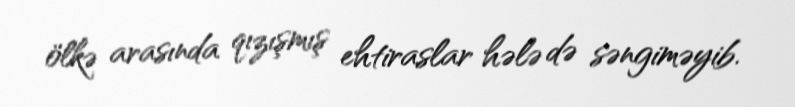
ölkə arasında qızışmış ehtiraslar hələ də səngiməyib.